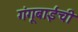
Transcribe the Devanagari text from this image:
गंगूबाईंची